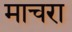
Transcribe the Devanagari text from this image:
माचरा